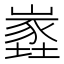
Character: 嶳